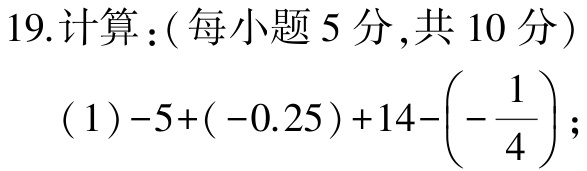
19.计算：(每小题 5 分,共 10 分)

(1)$-5+(-0.25)+14-\left(-\frac{1}{4}\right);$